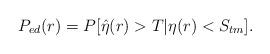
LaTeX: \begin{align*}P_{ed}(r)=P[\hat{\eta}(r)>T|\eta(r)<S_{tm}].\end{align*}